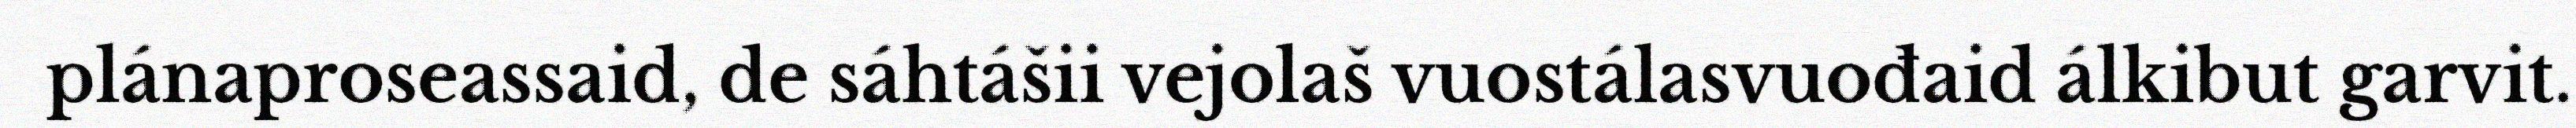
plánaproseassaid, de sáhtášii vejolaš vuostálasvuođaid álkibut garvit.